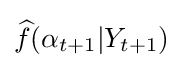
{\widehat {f}}(\alpha _{t+1}|Y_{t+1})